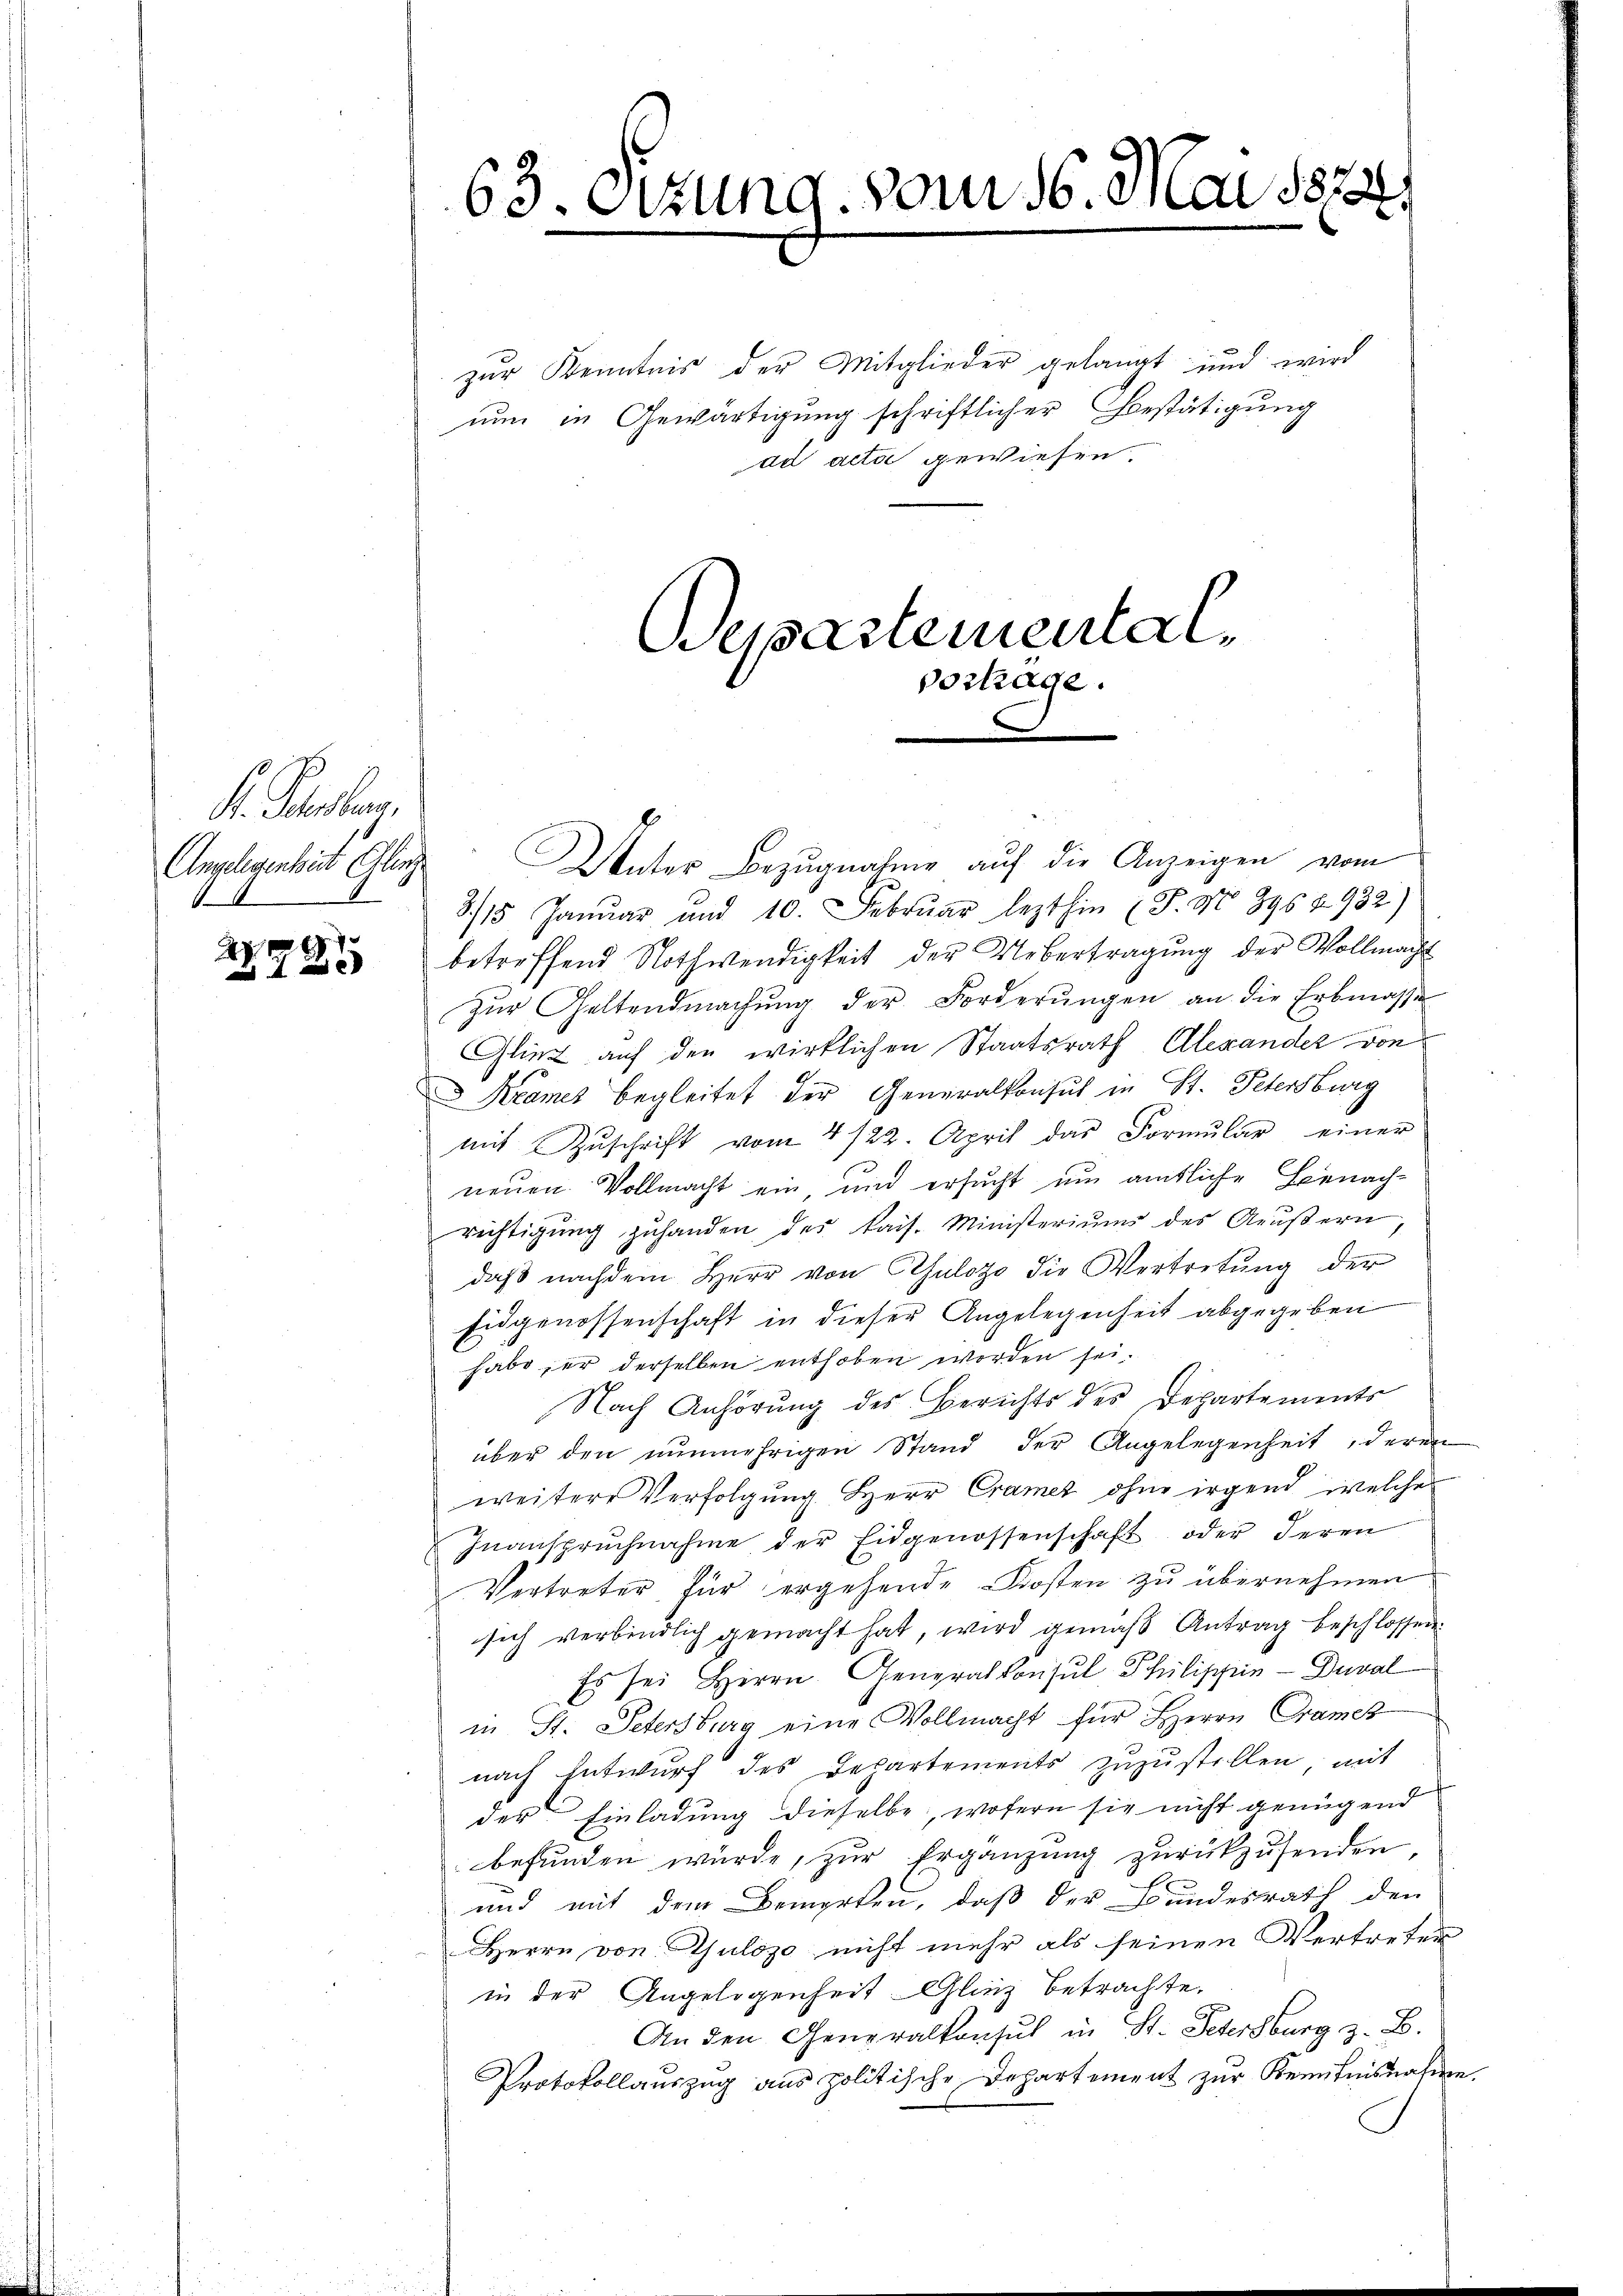
S. Pestan
Angelesenbaut Ellinz
A

g
2

63. Dezung vom 16. Mai 1873.
e

zur Kenntnis der Mitglieder gelangt und wird
nun in Gewärtigung schriftlicher Bestätigung
ad acta gewiesen.
Bepartementalvortrage.

Unter Bezugnahme auf die Anzeigen vom
8/15 Janŭar und 10. Febrŭar lezthin (T. N. 896 2932)
betreffend Nothwendigkeit der Uebertragung der Vollmacht
zŭr Geltendmachŭng der Forderŭngen an die Erbmasse
Glick auf den wirklichen Staatsrath Alexander von
Krames begleitet der Generalkonsul in St. Petersburg
mit Zŭschrift vom 4/22. April das Formŭlar einer
neuen Vollmacht ein und ersucht um amtliche Benachrichtigŭng zŭhanden des kais. Ministeriums des Aeŭβern
daβ nachdem Herr von Csulogo die Vertretung der
Eidgenossenschaft in dieser Angelegenheit abgegeben
habe er derselben enthoben worden sei.
u
h
Nach Anhörung des Berichts des Departements
über den nŭnmehrigen Stand der Angelegenheit, deren
weitere Verfolgung Herr Cramer ohne irgend welche
Inanspruchnahme der Eidgenossenschaft oder deren
Vertreter für ergehende Kosten zu übernehmen
sich verbindlich gemacht hat, wird gemäß Antrag beschlossen.
Es sei Herrn Generalkonsul Philischein - Duval
in St. Petersburg eine Vollmacht für Herrn Gramer
nach Entwurf des Departements zuzustellen mit
der Einladung dieselbe, wofern sie nicht genügend
befunden wurde, zur Ergänzung zurückzusenden
und mit dem Bemerken, daß der Bundesrath den
Herrn von Gulozo nicht mehr als seinen Vertreten
in der Angelegenheit Gliz betrachte.
An den Generalkonsul in St. Petersburg z. B.
Protokollauszug aus politische Departement zur Kenntnisnahme.